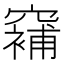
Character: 𱷗